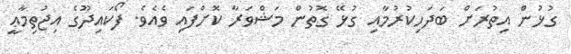
ގުޅުން އިތުރަށް ބަދަހިކުރުމާއި ގުޅޭ ގޮތުން މަޝްވަރާ ކޮށްފައި ވެއެވެ. ފޯކައިދޫގެ އިޖުތިމާޢީ